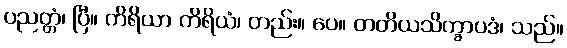
ပညတ္တံ၊ ပြီ။ ကိရိယာ ကိရိယံ၊ တည်း။ ပေ။ တတိယသိက္ခာပဒံ၊ သည်။